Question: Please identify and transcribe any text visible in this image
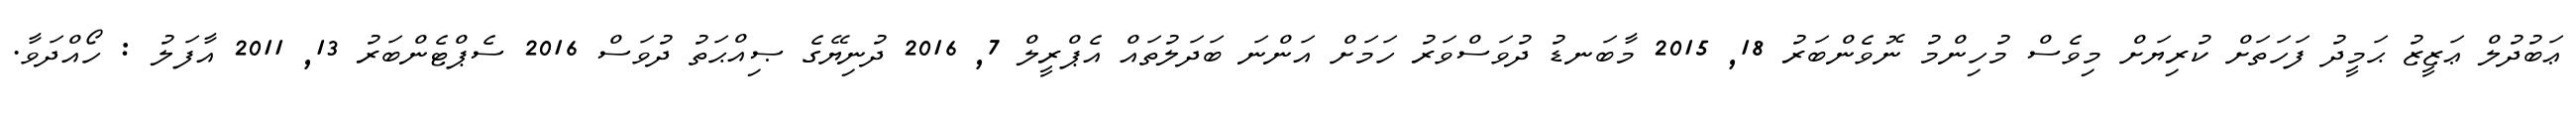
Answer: ޢަބުދުލް ޢަޒީޒު ޙަމީދު ފަހަތަށް ކުރިޔަށް މިވެސް މުހިންމު ނޮވެންބަރު 18, 2015 މާބަނޑު ދުވަސްވަރު ހަމަށް އަންނަ ބަދަލުތައް އެޕްރީލް 7, 2016 ދުނިޔޭގެ ޞިއްޙަތު ދުވަސް 2016 ސެޕްޓެންބަރު 13, 2011 އާފަލު : ހޯއްދަވާ.